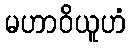
မဟာဝိယူဟံ